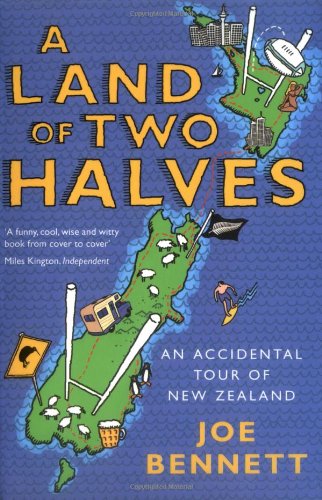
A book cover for A Land of Two Halves; Joe Bennett; Travel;